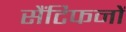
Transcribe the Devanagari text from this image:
सैंटिफनों